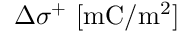
\Delta \sigma ^ { + } ~ [ \mathrm { m C / m ^ { 2 } } ]